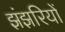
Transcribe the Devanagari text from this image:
झंझरियों